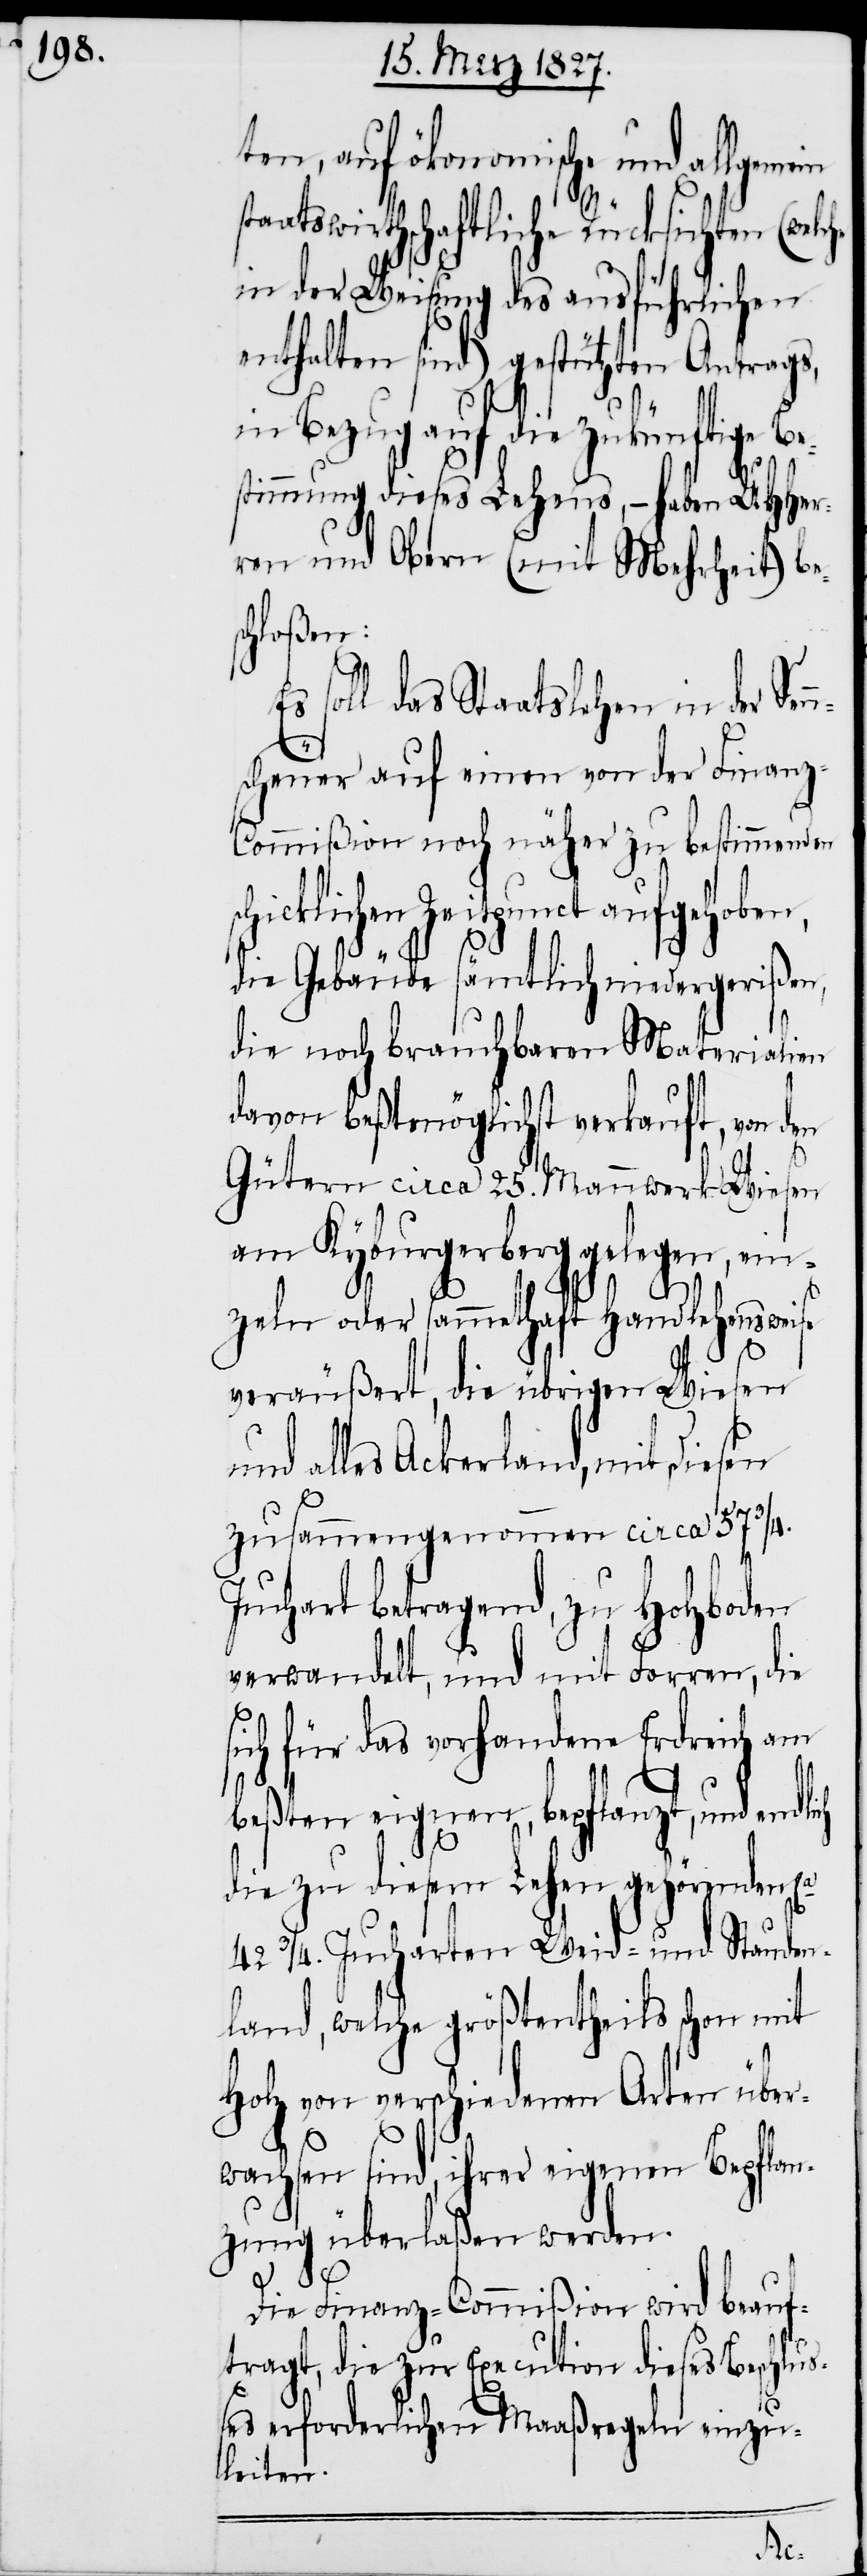
ten, auf ökonomische und allgemein
atswirthschaftliche Rücksichten
in der Weisung des ausführlichen
enthalten sind) gestützten Antrags,
in Bezug auf die zukünftige Be¬
n¬
stimmung dieses Lehens, – haben UHHer¬
ren und Obern (mit Mehrheit) be¬
chloßen:
soll das Staatslehen in der Sen¬
scheuer auf einen von der Finanz-C¬
ommißion noch näher zu bestimmenden
Zeitpunct aufgehoben,
die Gebäude sämtlich niedergerißen,
die noch brauchbaren Materialien
davon beßtmöglichst verkauft, von den
sta¬
Gütern circa 25. Mannwerk Wiesen
am Kyburgerberg gelegen, ein¬
ich
zeln oder sammethaft Handlehensweise
veräußert, die übrigen Wiesen
alles Ackerland, mit diesen
zusammengenommen circa 57 ¾.
Juchart betragend, zu Holzboden
verwandelt, und mit Forren, die
ich für das vorhandene Erdreich am
beßten eignen, bepflanzt, und endl¬
die zu diesem Lehen gehörenden
42 ¾. Jucharten Weid- und Stauden¬
land, welche größtentheils schon mit
Holz von verschiedenen Arten über¬
wachsen sind, ihrer eigenen Bepflan¬
zung überlaßen werden.
Die Finanz-Commißion wird beauf¬
tragt, die zur Execution dieses Beschlu¬
ßes erforderlichen Maaßregeln einzu¬
leiten.